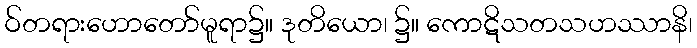
ဝ်တရားဟောတော်မူရာ၌။ ဒုတိယော၊ ၌။ ကောဋိသတသဟဿာနိ၊